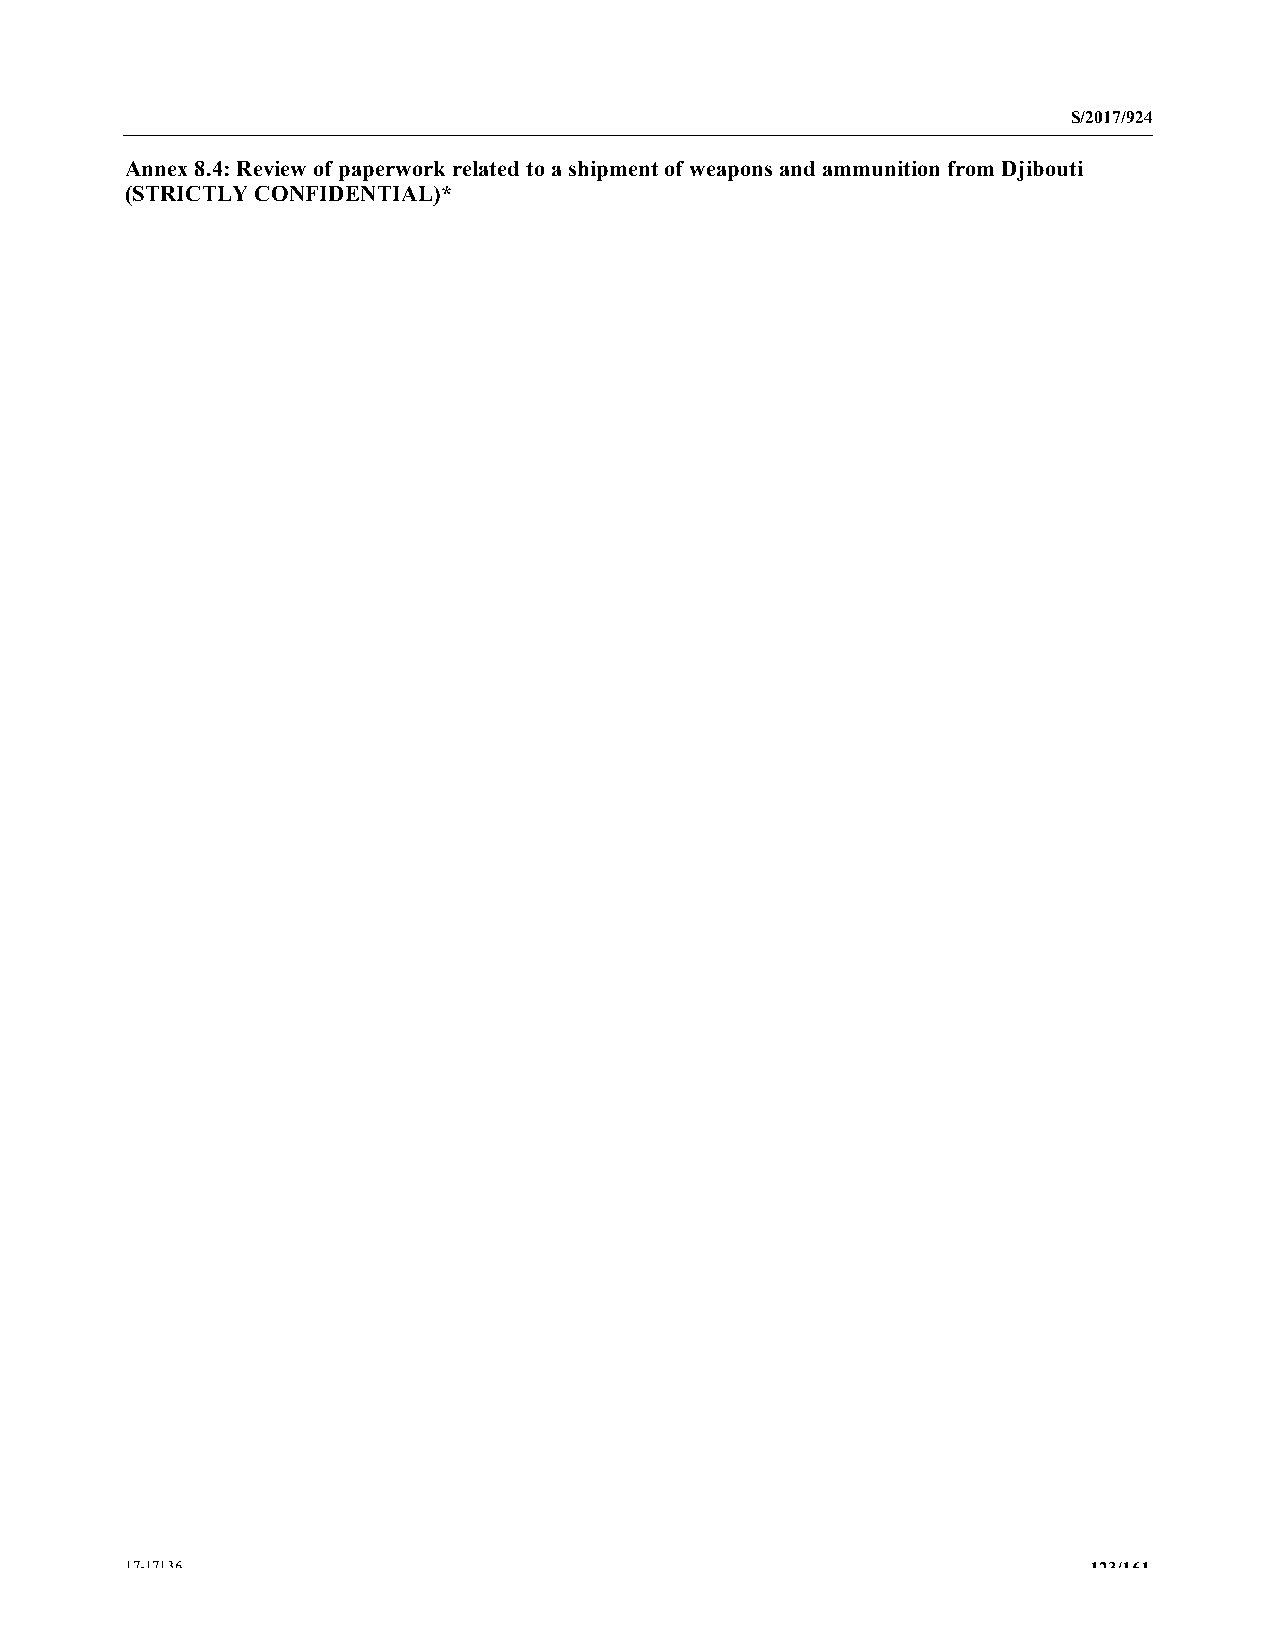
S/2017/924
 Annex 8.4: Review of paperwork related to a shipment of weapons and ammunition from Djibouti
 (STRICTLY CONFIDENTIAL)*
 17-17136                                                        123/161